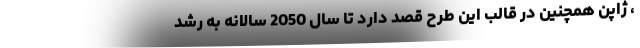
، ژاپن همچنین در قالب این طرح قصد دارد تا سال 2050 سالانه به رشد